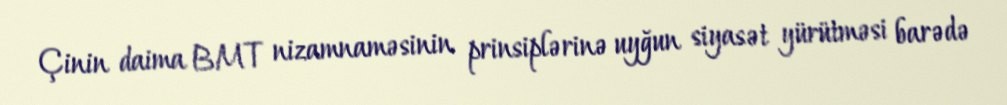
Çinin daima BMT nizamnaməsinin prinsiplərinə uyğun siyasət yürütməsi barədə